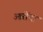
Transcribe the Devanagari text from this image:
आरोंदा